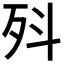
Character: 𭮃